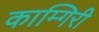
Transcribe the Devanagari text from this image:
काम्गिरी